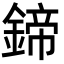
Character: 鍗